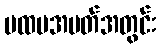
ပထမအပတ်အတွင်း